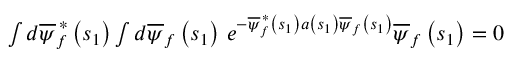
\begin{array} { r } { \int d \overline { { \psi } } _ { f } ^ { \, \ast } \left( s _ { 1 } \right) \int d \overline { { \psi } } _ { f } \left( s _ { 1 } \right) \, e ^ { - \overline { { \psi } } _ { f } ^ { \, \ast } \left( s _ { 1 } \right) a \left( s _ { 1 } \right) \overline { { \psi } } _ { f } \left( s _ { 1 } \right) } \overline { { \psi } } _ { f } \left( s _ { 1 } \right) = 0 } \end{array}